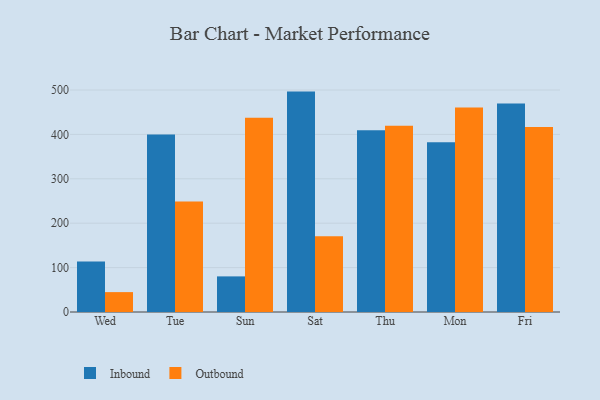
{"axis": {"x": "Day", "y": "Budget (USD K)"}, "legend": ["Inbound", "Outbound"], "data": [{"x": "Wed", "y": 113.6, "type": "Inbound"}, {"x": "Wed", "y": 44.8, "type": "Outbound"}, {"x": "Tue", "y": 399.6, "type": "Inbound"}, {"x": "Tue", "y": 248.6, "type": "Outbound"}, {"x": "Sun", "y": 80.2, "type": "Inbound"}, {"x": "Sun", "y": 437.6, "type": "Outbound"}, {"x": "Sat", "y": 496.4, "type": "Inbound"}, {"x": "Sat", "y": 170.4, "type": "Outbound"}, {"x": "Thu", "y": 409.3, "type": "Inbound"}, {"x": "Thu", "y": 419.5, "type": "Outbound"}, {"x": "Mon", "y": 382.5, "type": "Inbound"}, {"x": "Mon", "y": 460.7, "type": "Outbound"}, {"x": "Fri", "y": 469.7, "type": "Inbound"}, {"x": "Fri", "y": 416.4, "type": "Outbound"}]}